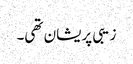
زیبی پریشان تھی۔